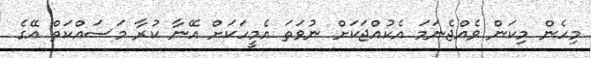
މިހެން މިކަން ވެއްޖެނަމަ އެކުއްޖަކަށް ނުވަތަ އެމީހަކަށް އޭނާ ކުރާ މަސައްކަތް އޭގެ